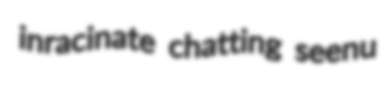
inracinate chatting seenu